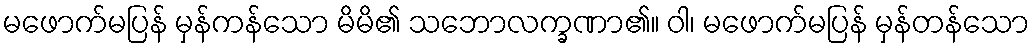
မဖောက်မပြန် မှန်ကန်သော မိမိ၏ သဘောလက္ခဏာ၏။ ဝါ၊ မဖောက်မပြန် မှန်တန်သော